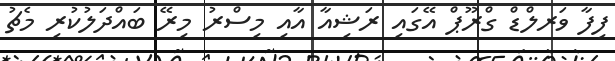
ފިފާ ވަރލްޑް ގްރޫޕް އޭގައި ރަޝިއާ އާއި މިސްރު މިރޭ ބައްދަލުކުރި މެޗު